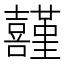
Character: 𡅸